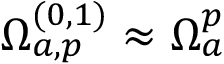
\Omega _ { a , p } ^ { ( 0 , 1 ) } \approx \Omega _ { a } ^ { p }